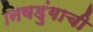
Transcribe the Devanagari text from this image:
निवडुंगाची